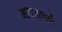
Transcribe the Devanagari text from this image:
आताताइयों